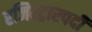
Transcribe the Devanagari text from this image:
रजिस्ट्रारपदी